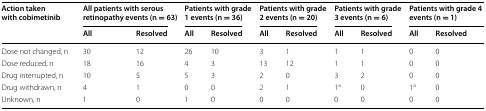
<table><thead><tr><td rowspan="2"><b>Action taken with cobimetinib</b></td><td colspan="2"><b>All patients with serous retinopathy events (n = 63)</b></td><td colspan="2"><b>Patients with grade 1 events (n = 36)</b></td><td colspan="2"><b>Patients with grade 2 events (n = 20)</b></td><td colspan="2"><b>Patients with grade 3 events (n = 6)</b></td><td colspan="2"><b>Patients with grade 4 events (n = 1)</b></td></tr><tr><td><b>All</b></td><td><b>Resolved</b></td><td><b>All</b></td><td><b>Resolved</b></td><td><b>All</b></td><td><b>Resolved</b></td><td><b>All</b></td><td><b>Resolved</b></td><td><b>All</b></td><td><b>Resolved</b></td></tr></thead><tbody><tr><td>Dose not changed, n</td><td>30</td><td>12</td><td>26</td><td>10</td><td>3</td><td>1</td><td>1</td><td>1</td><td>0</td><td>0</td></tr><tr><td>Dose reduced, n</td><td>18</td><td>16</td><td>4</td><td>3</td><td>13</td><td>12</td><td>1</td><td>1</td><td>0</td><td>0</td></tr><tr><td>Drug interrupted, n</td><td>10</td><td>5</td><td>5</td><td>3</td><td>2</td><td>0</td><td>3</td><td>2</td><td>0</td><td>0</td></tr><tr><td>Drug withdrawn, n</td><td>4</td><td>1</td><td>0</td><td>0</td><td>2</td><td>1</td><td>1<sup>a</sup></td><td>0</td><td>1<sup>a</sup></td><td>0</td></tr><tr><td>Unknown, n</td><td>1</td><td>0</td><td>1</td><td>0</td><td>0</td><td>0</td><td>0</td><td>0</td><td>0</td><td>0</td></tr></tbody></table>